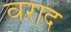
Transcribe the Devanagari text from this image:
वराद